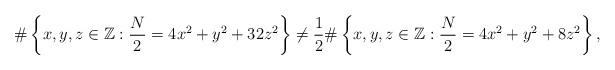
LaTeX: \begin{align*}\# \left\{ x,y,z \in \mathbb{Z} : \frac{N}{2}=4x^{2}+y^{2}+32z^2 \right\} \ne\frac{1}{2} \# \left\{ x,y,z \in \mathbb{Z} : \frac{N}{2}=4x^{2}+y^{2}+8z^2 \right\} ,\end{align*}